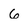
Character: 6